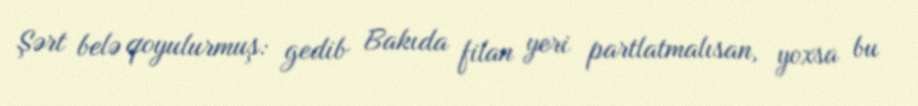
Şərt belə qoyulurmuş: gedib Bakıda filan yeri partlatmalısan, yoxsa bu